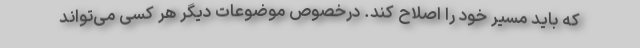
که باید مسیر خود را اصلاح کند. درخصوص موضوعات دیگر هر کسی می‌تواند